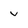
Character: v